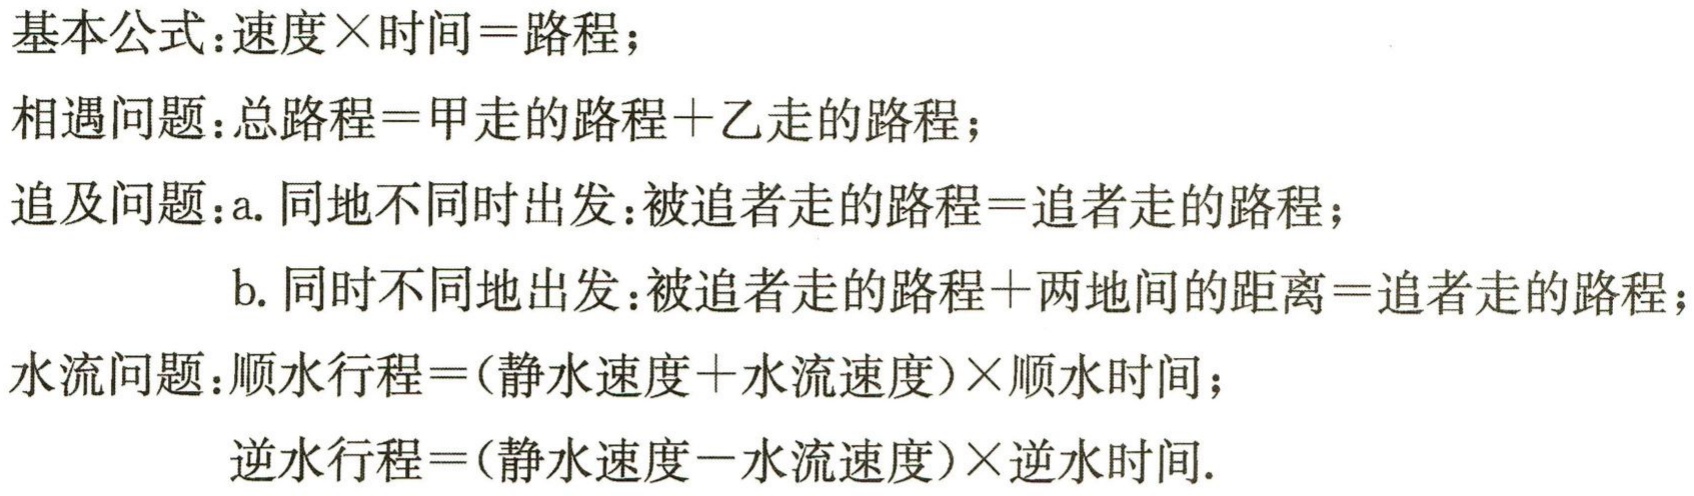
基本公式：速度$\times$时间 = 路程；

相遇问题：总路程 = 甲走的路程 + 乙走的路程；

追及问题：a. 同地不同时出发：被追者走的路程 = 追者走的路程；

b. 同时不同地出发：被追者走的路程 + 两地间的距离 = 追者走的路程；

水流问题：顺水行程 = (静水速度 + 水流速度)$\times$顺水时间；

逆水行程 = (静水速度 - 水流速度)$\times$逆水时间.